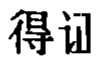
得证